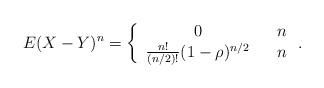
LaTeX: \begin{align*}E(X-Y)^{n}=\left\{ \begin{array}{ccc}0 & & n \\ \frac{n!}{(n/2)!}(1-\rho )^{n/2} & & n\end{array}\right. . \end{align*}